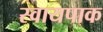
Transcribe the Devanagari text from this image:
स्वायपाक